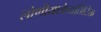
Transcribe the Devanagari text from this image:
लोणीयात्रेव्यतिरिक्त